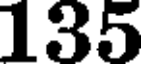
135